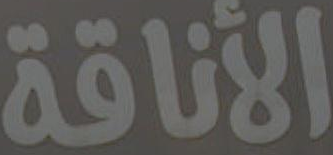
الأناقة